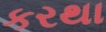
કરથા